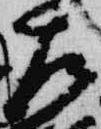
左